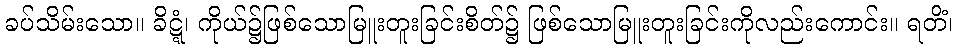
ခပ်သိမ်းသော။ ခိဋ္ဋံ၊ ကိုယ်၌ဖြစ်သောမြူးတူးခြင်းစိတ်၌ ဖြစ်သောမြူးတူးခြင်းကိုလည်းကောင်း။ ရတိံ၊